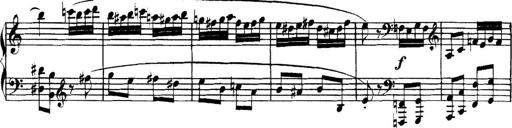
Title: Collected Piano Sonatas
Composer: Muzio Clementi